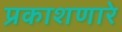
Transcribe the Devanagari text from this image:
प्रकाशणारे